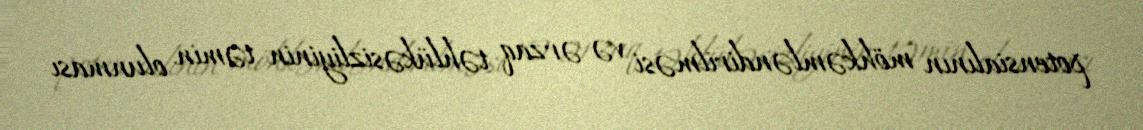
potensialının möhkəmləndirilməsi və ərzaq təhlükəsizliyinin təmin olunması